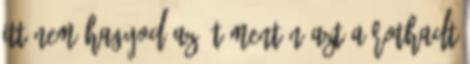
Itt nem hagyod az út mentén azt a rothadt